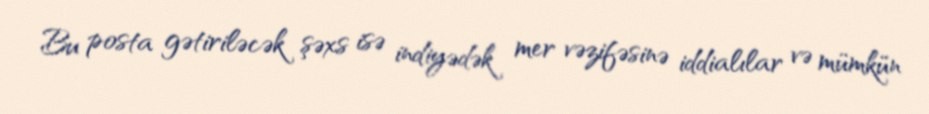
Bu posta gətiriləcək şəxs isə indiyədək mer vəzifəsinə iddialılar və mümkün